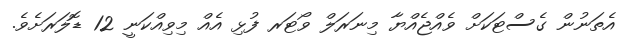
އެތަނުން ގެސްޓަކަށް ވެއްޖެއްްޔާ މިނަރަލް ވޯޓަރ ފުޅި އެއް މިވިއްކަނީ 12 ޑޮލަރަށެވެ.